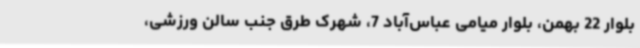
بلوار 22 بهمن، بلوار میامی عباس‌آباد 7، شهرک طرق جنب سالن ورزشی،